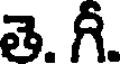
తె. గీ.